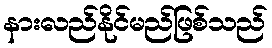
နားလည်နိုင်မည်ဖြစ်သည်